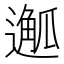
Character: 𨖣